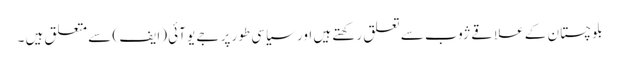
بلوچستان کے علاقے ژوب سے تعلق رکھتے ہیں اور سیاسی طور پر جے یو آئی (ایف ) سے متعلق ہیں ۔